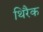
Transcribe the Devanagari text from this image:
थिरैक